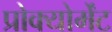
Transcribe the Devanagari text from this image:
प्रोक्योर्मेंट